Problem: 25 + 25 = ?
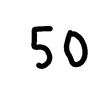
Handwritten answer: 50